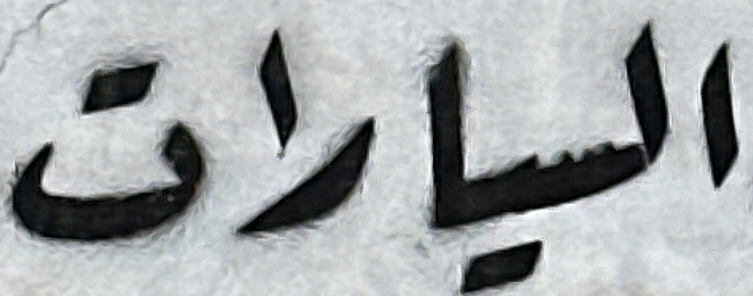
السیارات